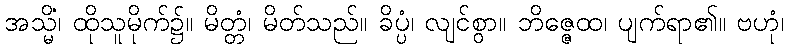
အသ္မိံ၊ ထိုသူမိုက်၌။ မိတ္တံ၊ မိတ်သည်။ ခိပ္ပံ၊ လျင်စွာ။ ဘိဇ္ဇေထ၊ ပျက်ရာ၏။ ဗဟုံ၊